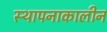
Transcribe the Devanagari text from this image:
स्थापनाकालीन